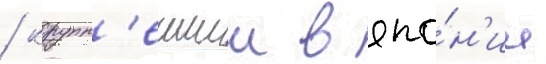
/ крупн'еишии в япо́н'ии